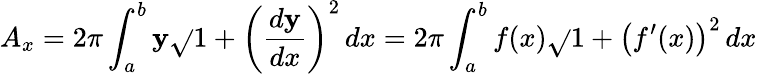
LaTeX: A_{x}=2\pi\int_{a}^{b}\mathbf{y}{\sqrt{}{{1+\left({\frac{{d\mathbf{y}}}{{dx}}}\right)^{2}}}}\, dx=2\pi\int_{a}^{b}f(x){\sqrt{}{{1+{\big(}f^{\prime}(x){\big)}^{2}}}}\, dx